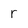
Character: r